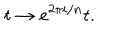
t \rightarrow e ^ { 2 \pi i / n } t .